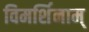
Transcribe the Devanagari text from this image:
विमर्शिनाम्